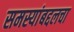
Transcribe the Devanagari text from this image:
समस्यांबद्दलचा